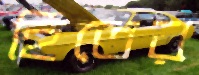
হিতের